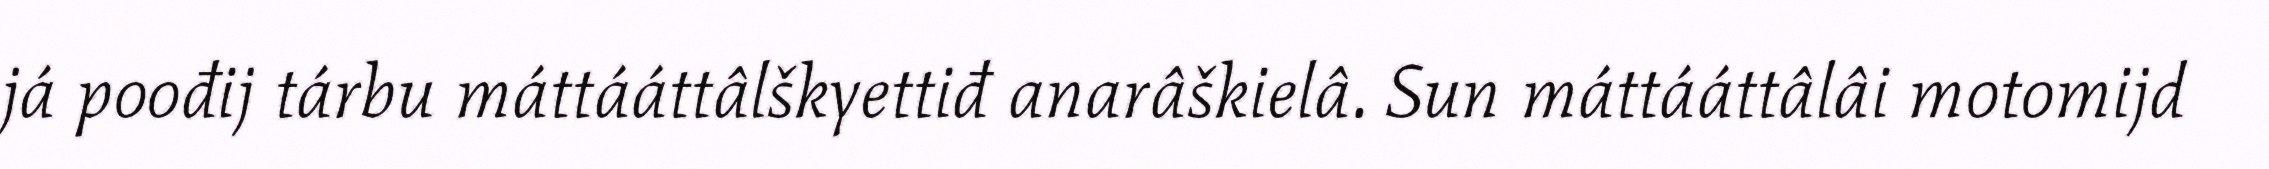
já poođij tárbu máttááttâlškyettiđ anarâškielâ. Sun máttááttâlâi motomijd